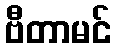
ဗီတာမင်